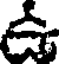
ఉ